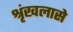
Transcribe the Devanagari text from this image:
श्रृंखलासे